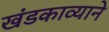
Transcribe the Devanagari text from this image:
खंडकाव्याने